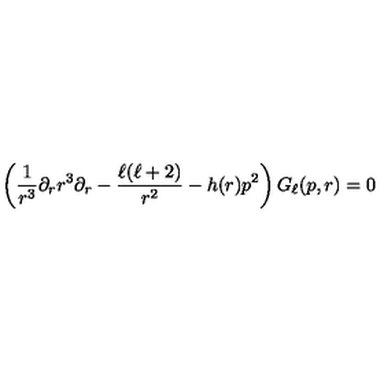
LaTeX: \left( \frac { 1 } { r ^ { 3 } } \partial _ { r } r ^ { 3 } \partial _ { r } - \frac { \ell ( \ell + 2 ) } { r ^ { 2 } } - h ( r ) p ^ { 2 } \right) G _ { \ell } ( p , r ) = 0